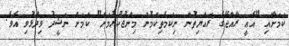
ކަމަށާއި "އެއީ ރާއްޖޭގެ ރައްޔިތުން ނިކަމެތިކަމުން މިންޖުކުރުމަށް" ކަމަށް ނަޝީދު ވިދާޅުވި އެވެ.